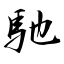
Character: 馳